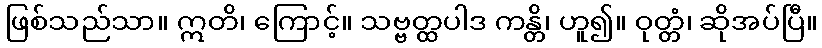
ဖြစ်သည်သာ။ ဣတိ၊ ကြောင့်။ သဗ္ဗတ္ထပါဒ ကန္တိ၊ ဟူ၍။ ဝုတ္တံ၊ ဆိုအပ်ပြီ။